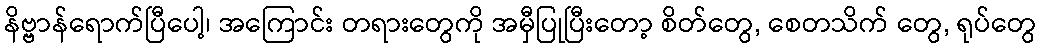
နိဗ္ဗာန်ရောက်ပြီပေါ့၊ အကြောင်း တရားတွေကို အမှီပြုပြီးတော့ စိတ်တွေ, စေတသိက် တွေ, ရုပ်တွေ